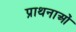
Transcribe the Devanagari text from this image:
प्राथनाओं